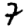
Digit: 7